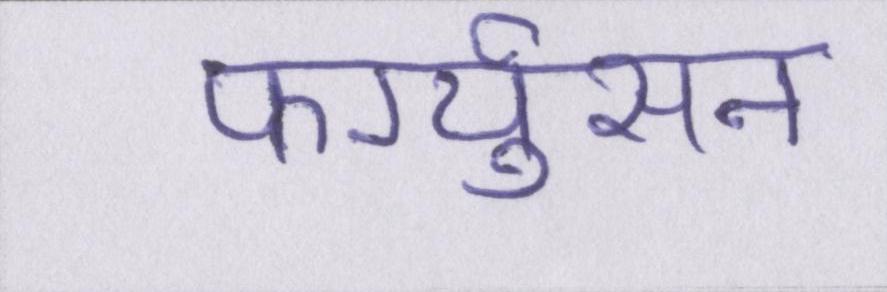
फर्ग्युसन